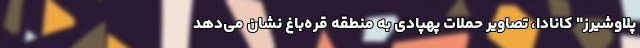
پلاوشیرز" کانادا، تصاویر حملات پهپادی به منطقه قره‌باغ نشان می‌دهد